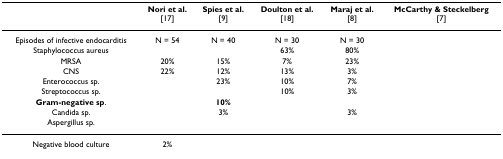
<table><thead><tr><td>[EMPTY_CELL]</td><td><b>Nori et al.[17]</b></td><td><b>Spies et al.[9]</b></td><td><b>Doulton et al.[18]</b></td><td><b>Maraj et al.[8]</b></td><td><b>McCarthy &amp; Steckelberg[7]</b></td></tr></thead><tbody><tr><td>Episodes of infective endocarditis</td><td>N = 54</td><td>N = 40</td><td>N = 30</td><td>N = 30</td><td>[EMPTY_CELL]</td></tr><tr><td>Staphylococcus aureus</td><td>[EMPTY_CELL]</td><td>[EMPTY_CELL]</td><td>63%</td><td>80%</td><td>[EMPTY_CELL]</td></tr><tr><td>MRSA</td><td>20%</td><td>15%</td><td>7%</td><td>23%</td><td>[EMPTY_CELL]</td></tr><tr><td>CNS</td><td>22%</td><td>12%</td><td>13%</td><td>3%</td><td>[EMPTY_CELL]</td></tr><tr><td>Enterococcus sp.</td><td>[EMPTY_CELL]</td><td>23%</td><td>10%</td><td>7%</td><td>[EMPTY_CELL]</td></tr><tr><td>Streptococcus sp.</td><td>[EMPTY_CELL]</td><td>[EMPTY_CELL]</td><td>10%</td><td>3%</td><td>[EMPTY_CELL]</td></tr><tr><td><b>Gram-negative sp</b>.</td><td>[EMPTY_CELL]</td><td><b>10%</b></td><td>[EMPTY_CELL]</td><td>[EMPTY_CELL]</td><td>[EMPTY_CELL]</td></tr><tr><td>Candida sp.</td><td>[EMPTY_CELL]</td><td>3%</td><td>[EMPTY_CELL]</td><td>3%</td><td>[EMPTY_CELL]</td></tr><tr><td>Aspergillus sp.</td><td>[EMPTY_CELL]</td><td>[EMPTY_CELL]</td><td>[EMPTY_CELL]</td><td>[EMPTY_CELL]</td><td>[EMPTY_CELL]</td></tr><tr><td>Negative blood culture</td><td>2%</td><td>[EMPTY_CELL]</td><td>[EMPTY_CELL]</td><td>[EMPTY_CELL]</td><td>[EMPTY_CELL]</td></tr></tbody></table>